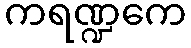
ကရဏ္ဍကေ